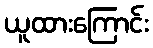
ယူထားကြောင်း